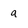
Character: a